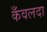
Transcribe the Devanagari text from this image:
कँवलदा